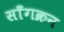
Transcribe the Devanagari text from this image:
साँगक्रन